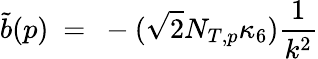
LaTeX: \tilde{b}(p)\ =\ -(\sqrt{2}N_{T,p}\kappa_{6})\frac{1}{k^{2}}